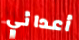
أعدائي